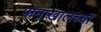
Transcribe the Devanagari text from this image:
पानाखालच्या